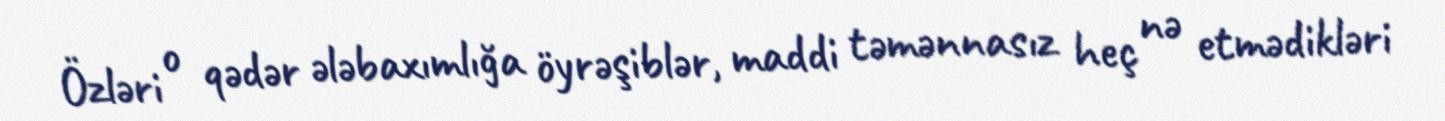
Özləri o qədər ələbaxımlığa öyrəşiblər, maddi təmənnasız heç nə etmədikləri